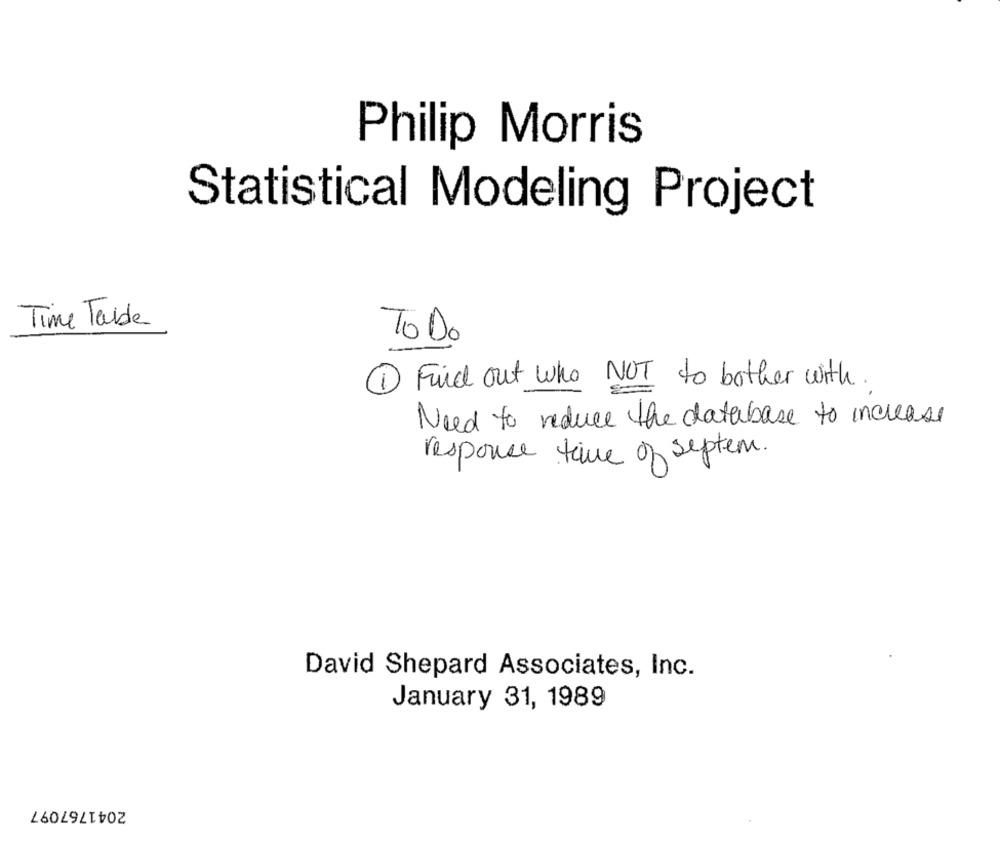
Philip Morris
Statistical Modeling Project
Time Table
To Do
1 Find out who NOT to bother with.
Need to reduce the database to increase
response time of septem.
David Shepard Associates, Inc.
January 31, 1989
2041767097